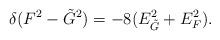
LaTeX: \begin{align*}\delta(F^2 - \tilde{G}^2) = -8 (E_{\tilde{G}}^2 + E_F^2).\end{align*}